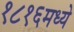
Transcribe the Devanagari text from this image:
१८१६मध्ये